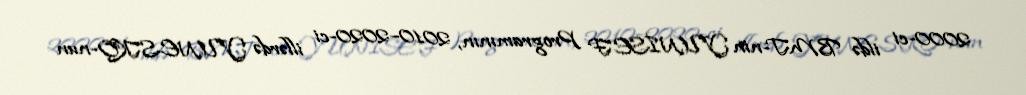
2000-ci ildə BMT-nin YUNİSEF Programının, 2010–2020-ci illərdə YUNESKO-nun